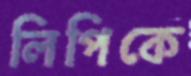
লিপিকে